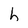
Character: h